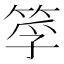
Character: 筟